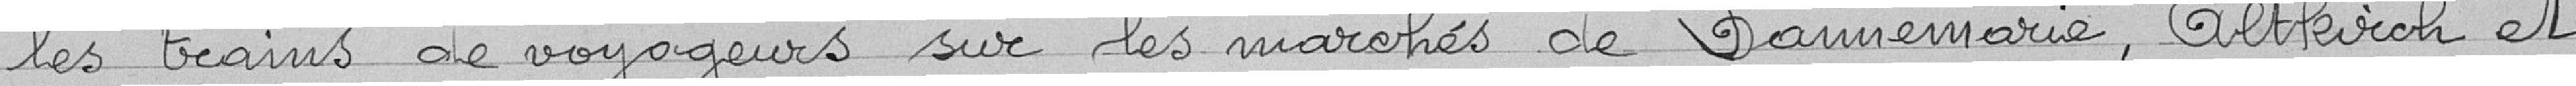
les trains de voyageurs sur les marchés de Danemarie, Altkirch et